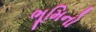
ભૂમિનો